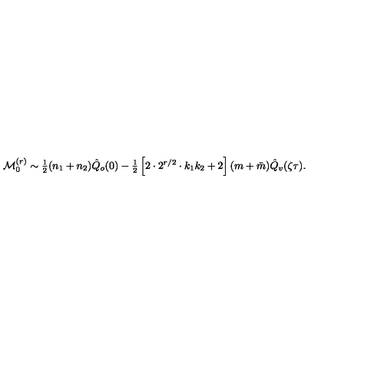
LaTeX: { \cal M } _ { 0 } ^ { ( r ) } \sim { \textstyle { \frac { 1 } { 2 } } } ( n _ { 1 } + n _ { 2 } ) \hat { Q } _ { o } ( 0 ) - { \textstyle { \frac { 1 } { 2 } } } \left[ 2 \cdot 2 ^ { r / 2 } \cdot k _ { 1 } k _ { 2 } + 2 \right] ( m + \bar { m } ) \hat { Q } _ { v } ( \zeta \tau ) .